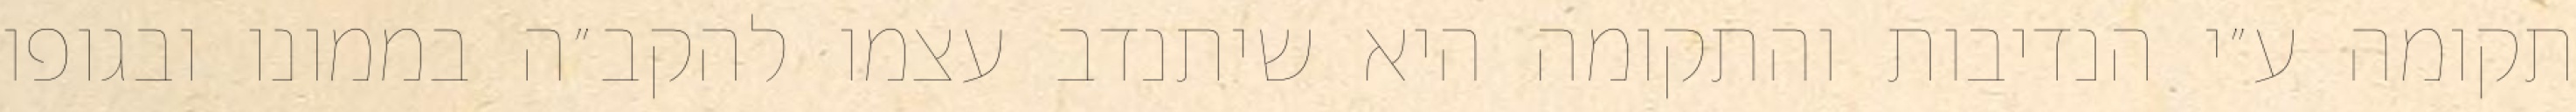
תקומה ע״י הנדיבות והתקומה היא שיתנדב עצמו להקב״ה בממונו ובגופו